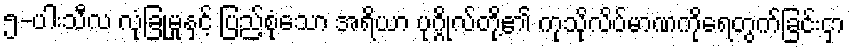
၅-ပါးသီလ လုံခြုံမှုနှင့် ပြည့်စုံသော အရိယာ ပုဂ္ဂိုလ်တို့၏ ကုသိုလိပ်မာဏကိုရေတွက်ခြင်းငှာ